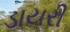
ડાયરી